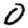
Digit: 0